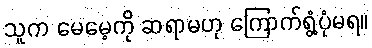
သူက မေမေ့ကို ဆရာမဟု ကြောက်ရွံ့ပုံမရ။